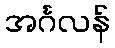
အင်္ဂလန်